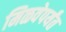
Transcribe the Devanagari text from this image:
मिळवेपर्यंत